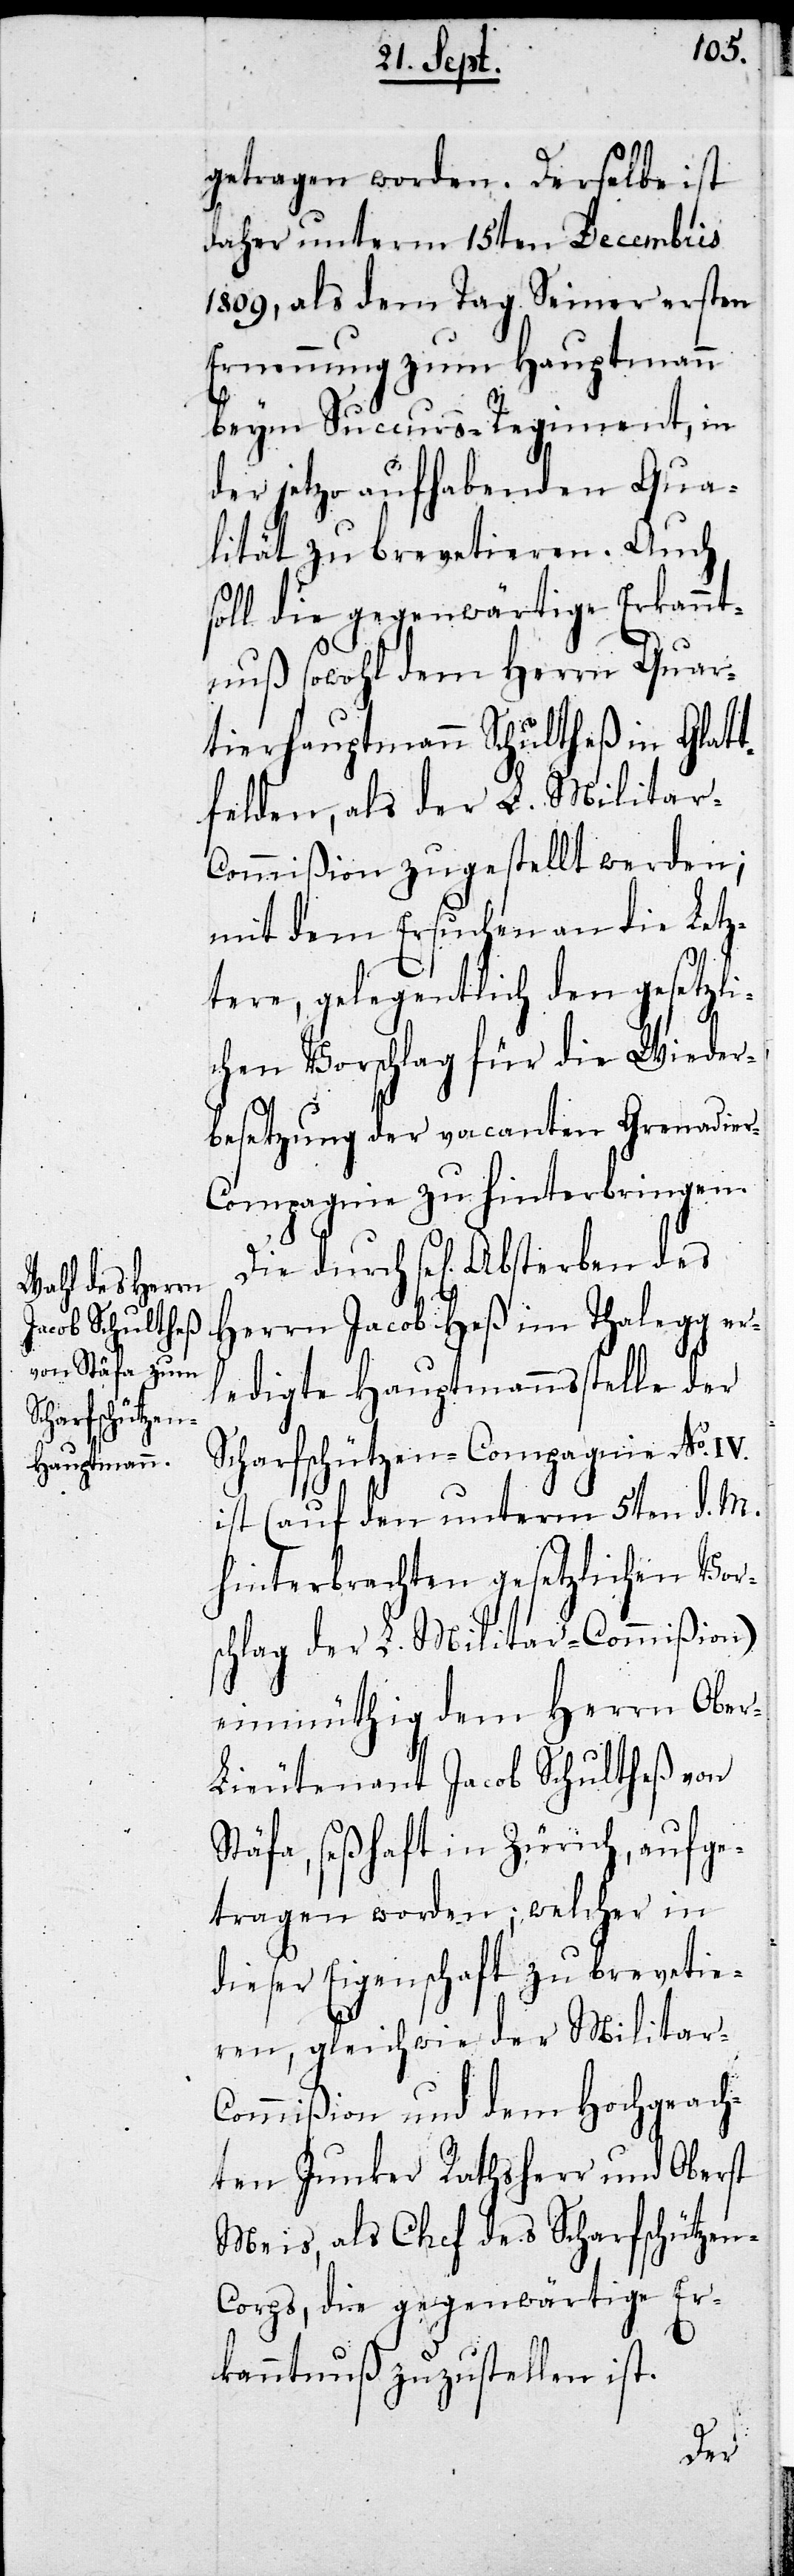
getragen worden. Derselbe ist
daher unterm 15ten Decembris
1809, als dem Tag Seiner ersten
Ernennung zum Hauptmann
beym Succurs-Regiment, in
der jetzo aufhabenden Qua¬
lität zu brevetieren. Auch
soll die gegenwärtige Erkannt¬
nuß sowohl dem Herrn Quar¬
tierhauptmann Schultheß in Glatt¬
felden, als der L. Militar-C¬
ommißion zugestellt werden;
mit dem Ersuchen an die Letz¬
tere, gelegentlich den gesetzli¬
chen Vorschlag für die Wieder¬
besetzung der vacanten Grenadie¬
r-Compagnie zu hinterbringen.
Die durch sel. Absterben des
Herrn Jacob Heß im Thalegg er¬
ledigte Hauptmannstelle der
Scharfschützen-Compagnie No. IV.
ist (auf den unterm 5ten d. M.
hinterbrachten gesetzlichen Vor¬
schlag der L. Militar-Commißion)
einmüthig dem Herrn Obe¬
r-Lieutenant Jacob Schultheß von
Stäfa, seßhaft in Zürich, aufge¬
tragen worden, welcher in
dieser Eigenschaft zu brevetie¬
ren, gleichwie der Militar-C¬
ommißion und dem Hochgeach¬
ten Junker Rathsherr und Oberst
Meis, als Chef des Scharfschützen-C¬
orps, die gegenwärtige Er¬
kanntnuß zuzustellen ist.